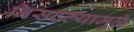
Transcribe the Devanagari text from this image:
निसटल्यामुळे